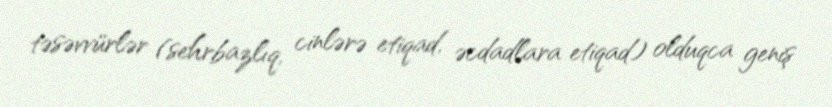
təsəvvürlər (sehrbazlıq, cinlərə etiqad, əcdadlara etiqad) olduqca geniş